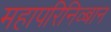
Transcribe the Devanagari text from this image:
महापरिनिव्बान